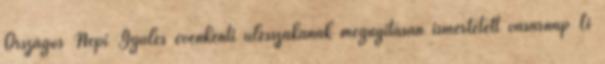
Országos Népi Gyűlés évenkénti ülésszakának megnyitásán ismertetett vasárnap Li